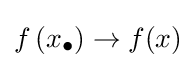
f\left(x_{\bullet }\right)\to f(x)